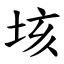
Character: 垓